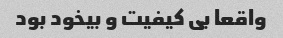
واقعا بی کیفیت و بیخود بود